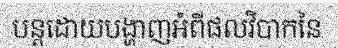
បន្តដោយបង្ហាញអំពីផលវិបាកនៃ